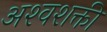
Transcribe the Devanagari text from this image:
अश्‍वशक्ती